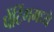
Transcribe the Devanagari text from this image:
पेंटिंगमध्ये